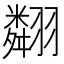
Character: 翷